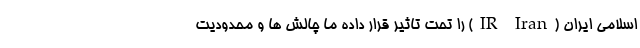
اسلامی ایران (IR Iran) را تحت تاثیر قرار داده ما چالش ها و محدودیت